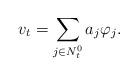
LaTeX: \begin{align*}v_t =\sum_{j\in N_t^0} a_j\varphi_j.\end{align*}